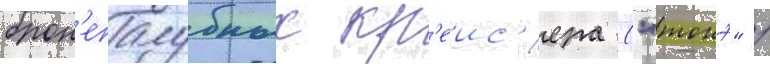
брон'епалубных кр'еис'ера ("тонэ" /